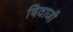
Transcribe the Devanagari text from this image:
षिवाजी